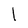
Character: l